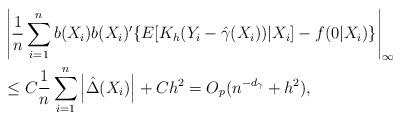
LaTeX: \begin{align*}& \left\vert \frac{1}{n}\sum_{i=1}^{n}b(X_{i})b(X_{i})^{\prime}\{E[K_{h}(Y_{i}-\hat{\gamma}(X_{i}))|X_{i}]-f(0|X_{i})\}\right\vert _{\infty}\\& \leq C\frac{1}{n}\sum_{i=1}^{n}\left\vert \hat{\Delta}(X_{i})\right\vert+Ch^{2}=O_{p}(n^{-d_{\gamma}}+h^{2}),\end{align*}